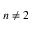
n \neq 2